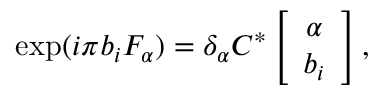
\exp ( i \pi b _ { i } F _ { \alpha } ) = { \delta } _ { \alpha } { \cal C } ^ { * } \left[ \begin{array} { c } { { { \alpha } } } \\ { { b _ { i } } } \end{array} \right] ,